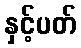
နှင့်ပတ်